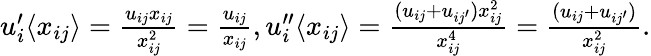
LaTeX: \begin{array}{r}{u_{i}^{\prime}\langle x_{ij}\rangle=\frac{u_{ij}x_{ij}}{x_{ij}^{2}}=\frac{u_{ij}}{x_{ij}},u_{i}^{\prime\prime}\langle x_{ij}\rangle=\frac{(u_{ij}+u_{ij^{\prime}})x_{ij}^{2}}{x_{ij}^{4}}=\frac{(u_{ij}+u_{ij^{\prime}})}{x_{ij}^{2}}.}\end{array}